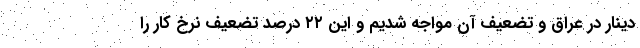
دینار در عراق و تضعیف آن مواجه شدیم و این ۲۲ درصد تضعیف نرخ کار را